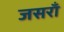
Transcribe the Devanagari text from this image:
जसराँ